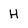
Character: H